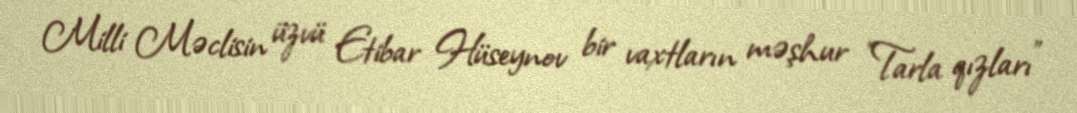
Milli Məclisin üzvü Etibar Hüseynov bir vaxtların məşhur "Tarla qızları"